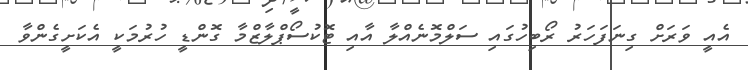
އެއީ ވަރަށް ގިނަފަހަރު ރޯބިހުގައި ސަލްމޮނެއްލާ އާއި ޓޮކުސޯޕްލާޒްމާ ގޮންޑީ ހުރުމަކީ އެކަށީގެންވާ